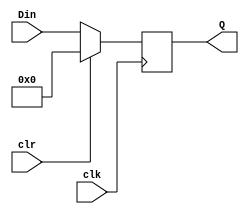
module RegM16 (clk,clr,Din,Q);

input clk,clr;
input [15:0] Din;
output [15:0] Q;
reg [15:0] Q;

always @(posedge clk)

begin
  
  if(clr)Q<=16'd0;
  else   Q<=Din;

end

endmodule